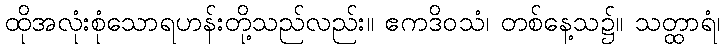
ထိုအလုံးစုံသောရဟန်းတို့သည်လည်း။ ဧကဒိဝသံ၊ တစ်နေ့သ၌။ သတ္ထာရံ၊